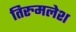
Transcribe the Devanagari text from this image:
तिरुमलेश